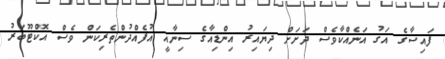
ފައިސާގެ އަގު އަނެއްކާވެސް ދަށަށް ދިޔައިރު އިންޑިއާގެ ސިނާއީ އުފެއްދުންތެރިކަން ވެސް އޮކްޓޫބަރު